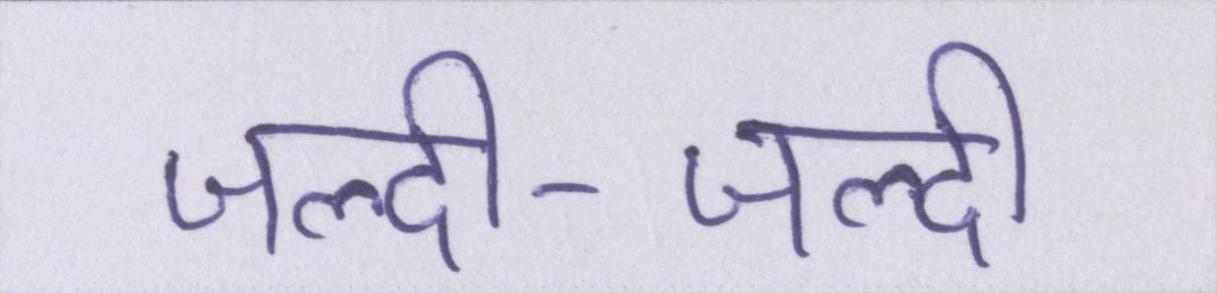
जल्दी-जल्दी